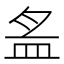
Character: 𱲏